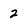
Character: 2